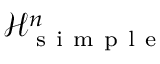
\mathcal H _ { \mathrm { ~ s ~ i ~ m ~ p ~ l ~ e ~ } } ^ { n }